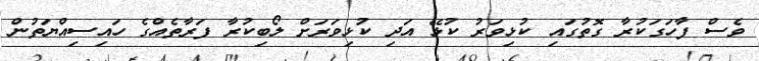
ވެސް ފާހަގަކުރާ ގޮތުގައި ކުޅިވަރު ކުޅޭ އަދި ކުޅިވަރަށް ލޯބިކުރާ ފަރާތެއްގެ ހައިސިއްޔަތުން